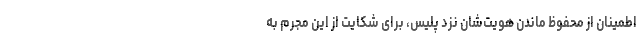
اطمینان از محفوظ ماندن هویت‌شان نزد پلیس، برای شکایت از این مجرم به